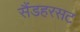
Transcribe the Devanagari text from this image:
सैंडहरसट